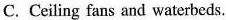
C. Ceiling fans and waterbeds.